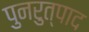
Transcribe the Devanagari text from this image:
पुनरुत्पाद